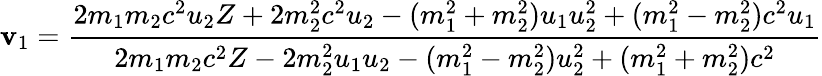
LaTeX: \mathbf{v}_{1}={\frac{{2m_{1}m_{2}c^{2}u_{2}Z+2m_{2}^{2}c^{2}u_{2}-(m_{1}^{2}+m_{2}^{2})u_{1}u_{2}^{2}+(m_{1}^{2}-m_{2}^{2})c^{2}u_{1}}}{{2m_{1}m_{2}c^{2}Z-2m_{2}^{2}u_{1}u_{2}-(m_{1}^{2}-m_{2}^{2})u_{2}^{2}+(m_{1}^{2}+m_{2}^{2})c^{2}}}}